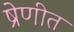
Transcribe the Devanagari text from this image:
ष्रेणीत